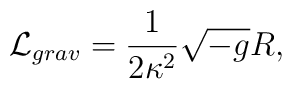
{\cal L}_{grav}=\frac 1{2\kappa ^2}\sqrt{-g}R,